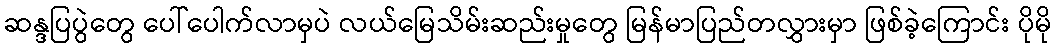
ဆန္ဒပြပွဲတွေ ပေါ်ပေါက်လာမှပဲ လယ်မြေသိမ်းဆည်းမှုတွေ မြန်မာပြည်တလွှားမှာ ဖြစ်ခဲ့ကြောင်း ပိုမို